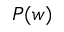
P ( w )